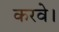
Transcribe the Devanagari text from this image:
करवे।